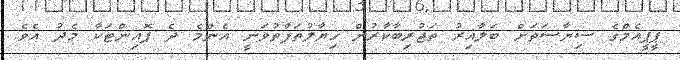
ޕީޕީއެމްގެ ސިޔާސަތަށް ބަލާއިރު ތަޖުރިބާކާރުން ޚިޔާލުތަފާތުވަނީ އެންމެ ދެ ޕޮއިންޓަކާ މެދު އެވެ.